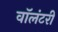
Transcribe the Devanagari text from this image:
वाॅलंटरी